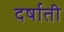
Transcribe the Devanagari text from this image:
दर्षाती